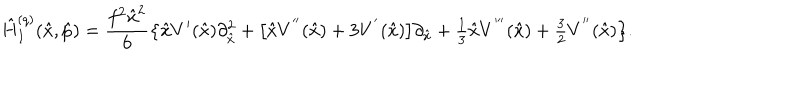
LaTeX: \hat { H } _ { I } ^ { ( q ) } ( \hat { x } , \hat { p } ) = \frac { f ^ { 2 } \hat { x } ^ { 2 } } { 6 } \bigl \{ \hat { x } V ^ { \prime } ( \hat { x } ) \partial _ { \hat { x } } ^ { 2 } + \bigl [ \hat { x } V ^ { ' ^ { \prime } } ( \hat { x } ) + 3 V ^ { ' } ( \hat { x } ) \bigr ] \partial _ { \hat { x } } + { \textstyle \frac { 1 } { 3 } } \hat { x } V ^ { ' ^ { \prime \prime } } ( \hat { x } ) + { \textstyle \frac { 3 } { 2 } } V ^ { ' ^ { \prime } } ( \hat { x } ) \bigr \} .